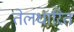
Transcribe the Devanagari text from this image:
तेलधारित